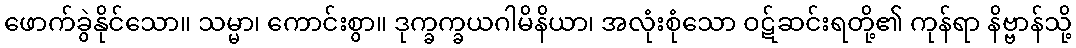
ဖောက်ခွဲနိုင်သော။ သမ္မာ၊ ကောင်းစွာ။ ဒုက္ခက္ခယဂါမိနိယာ၊ အလုံးစုံသော ဝဋ်ဆင်းရတို့၏ ကုန်ရာ နိဗ္ဗာန်သို့